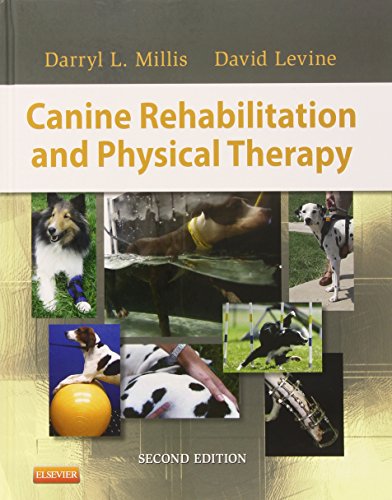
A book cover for Canine Rehabilitation and Physical Therapy, 2e; Darryl Millis MS  DVM Diplomate ACVS ACVSMR CCRP; Medical Books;